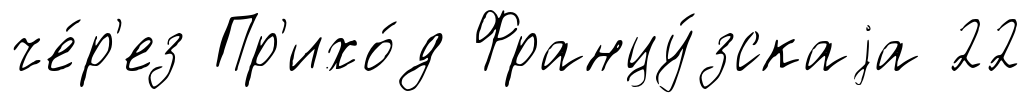
че́р'ез Пр'ихо́д Францу́зскаjа 22